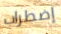
إضطراب